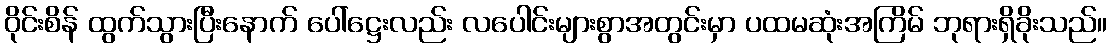
ဝိုင်းစိန် ထွက်သွားပြီးနောက် ပေါ်ဋ္ဌေးလည်း လပေါင်းများစွာအတွင်းမှာ ပထမဆုံးအကြိမ် ဘုရားရှိခိုးသည်။